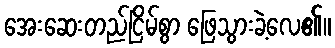
အေးဆေးတည်ငြိမ်စွာ ဖြေသွားခဲ့လေ၏။